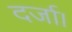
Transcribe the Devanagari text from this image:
दर्जा।